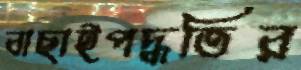
বাছাইপদ্ধতির